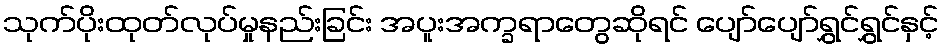
သုက်ပိုးထုတ်လုပ်မှုနည်းခြင်း အပူးအက္ခရာတွေဆိုရင် ပျော်ပျော်ရွှင်ရွှင်နှင့်